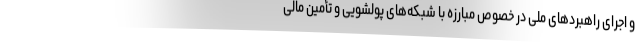
و اجرای راهبردهای ملی در خصوص مبارزه با شبکه‌های پولشویی و تأمین مالی